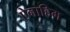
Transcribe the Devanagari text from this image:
ऐनाहिम